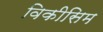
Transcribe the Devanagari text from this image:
विकीसिम